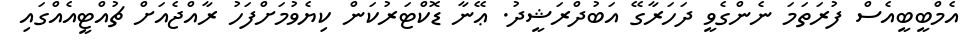
އެމްބީބީއެސް ފުރަތަމަ ނެންގެވީ ދަހަރާގޭ އަބުދްރަޝީދު. ޢޭނާ ޑޮކްޓަރުކަން ކިޔެވުމަށްފަހު ރާއްޖެއަށް ޗުއްޓީއެއްގައި